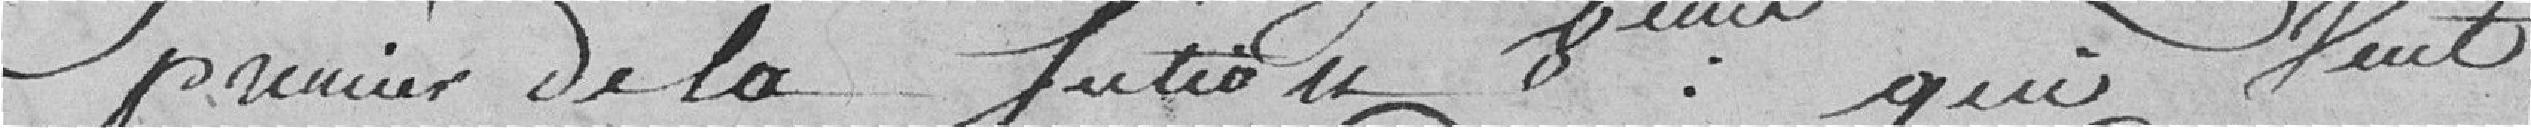
premier de la section 8ème qui veut